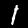
Label: 1